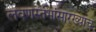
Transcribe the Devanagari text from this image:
लवणस्तंभांसारख्याच